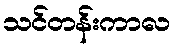
သင်တန်းကာလ